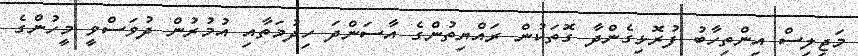
މަޖިލިސް އިންތިހާބު ފުރޮޅިގެންދާ ގޮތަކުން ރައްޔިތުންގެ އާސަންދަ ހިދުމަތާއި އުމުރުން ދުވަސްވީ މީހުންގެ